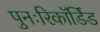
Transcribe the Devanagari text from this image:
पुनःरिकॉर्डिड